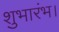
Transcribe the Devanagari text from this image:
शुभारंभ।